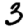
Digit: 3